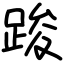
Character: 踆